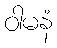
ဝါမနံ